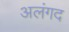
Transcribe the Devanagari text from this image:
अलंगद